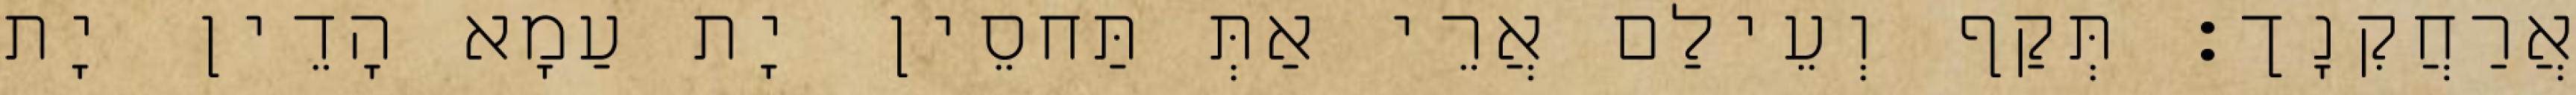
אֲרַחֲקִנָך׃ תְּקַף וְעֵילַם אֲרֵי אַתְּ תַּחסֵין יָת עַמָא הָדֵין יָת